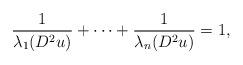
LaTeX: \begin{align*}\frac{1}{\lambda_1(D^2u)}+\cdots+\frac{1}{\lambda_n(D^2u)}=1,\end{align*}